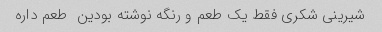
شیرینی شکری فقط یک طعم و رنگه نوشته بودین  طعم داره